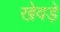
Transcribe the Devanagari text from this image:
खेवड़े